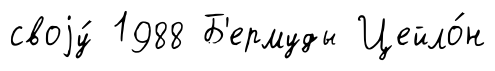
своjу́ 1988 Б'ермуды Цейло́н